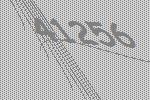
41256